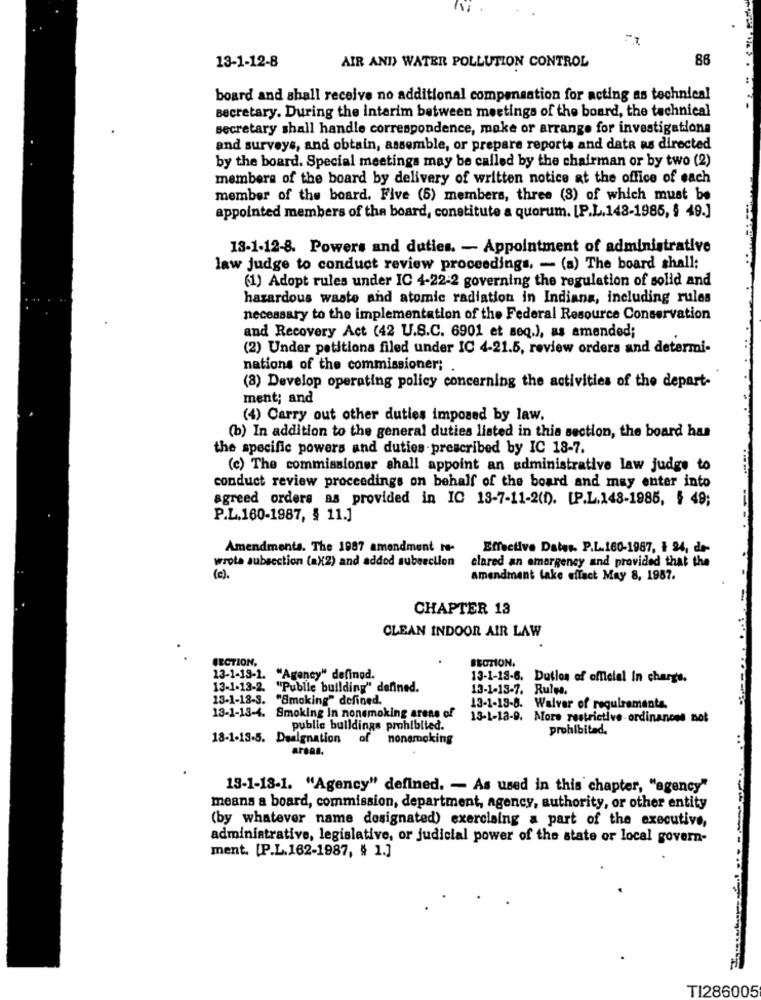
86
13-1-12-8
AIR AND) WATER POLLUTION CONTROL
board and shall receive no additional compensation for acting as technical
secretary. During the interim between meetings of the board, the technical
secretary shall handle correspondence, make or arrange for investigations
and surveys, and obtain, assemble, or prepare reports and data as directed
by the board. Special meetings may be called by the chairman or by two (2)
members of the board by delivery of written notice at the office of each
member of the board. Five (5) members, three (8) of which must be
appointed members of the board, constitute a quorum. [P.L.148-1985, § 49.]
13-1-12-8. Powers and duties. - Appointment of administrative
law judge to conduct review proceedings, - (a) The board shall:
(1) Adopt rules under IC 4-22-2 governing the regulation of solid and
hazardous waste and atomic radiation in Indiana, including rules
necessary to the implementation of the Federal Resource Conservation
and Recovery Act (42 U.S.C. 6901 et seq.), as amended;
(2) Under petitions filed under IC 4-21.5, review orders and determi-
nations of the commissioner;
(8) Develop operating policy concerning the activities of the depart-
ment; and
(4) Carry out other duties imposed by law.
(b) In addition to the general duties listed in this section, the board has
the specific powers and duties prescribed by IC 18-7.
(c) The commissioner shall appoint an administrative law judge to
conduct review proceedings on behalf of the board and may enter into
agreed orders as provided in IC 13-7-11-2(0). [P.L.148-1985, § 49;
-
P.L.160-1987, § 11.]
Amendments. The 1987 amendment re-
Effective Dates. P.L.160-1987, 1 94, de-
clared an emergency and provided that the
wrote subsection (a)(2) and addod suberction
(c).
Amendment take effect May 8, 1987.
CHAPTER 13
CLEAN INDOOR AIR LAW
SECTION.
SECTION.
13-1-19-1. "Agency" definod.
13-1-18-6. Dutlos of offlelal In charge.
13-1-13-2.
"Publie building" defined.
13-1-13-7. Rules.
13-1-18-3. "Smoking" defined.
13-1-18-8. Waiver of requirements,
13-1-13-4. Smoking In nonsmoking areas of
13-1-18-9. More restrictive- ordinances not
public buildings prohibited.
prohibited.
18-1-13-5. Dealgnation
of nonsmoking
areas.
13-1-18-1. "Agency" defined. - As used in this chapter, "agency"
means a board, commission, department, agency, authority, or other entity
(by whatever name designated) exercising a part of the executive,
administrative, legislative, or judicial power of the state or local govern-
ment. [P.L.162-1987, § 1.]
TI286005